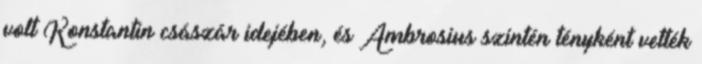
volt Konstantin császár idejében, és Ambrosius szintén tényként vették